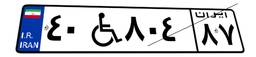
۴۰W۸۰۴۸۷